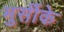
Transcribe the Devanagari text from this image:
मुर्सीके